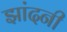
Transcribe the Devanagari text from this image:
झांदनी